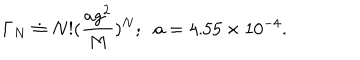
LaTeX: \Gamma _ { N } \doteq N ! ( \frac { a g ^ { 2 } } { M } ) ^ { N } ; \; \; a = 4 . 5 5 \times 1 0 ^ { - 4 } .